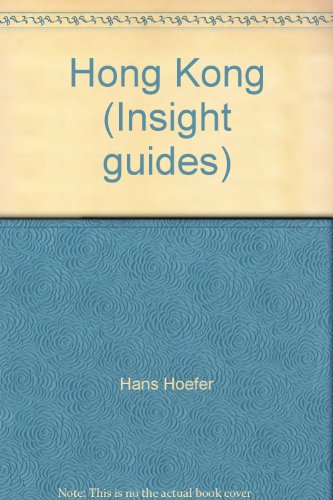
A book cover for Hong Kong (Insight guides); Travel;